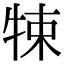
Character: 𤙨